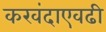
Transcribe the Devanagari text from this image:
करवंदाएवढी